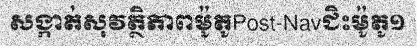
សង្កាត់សុវត្ថិភាពម៉ូតូPost-Navជិះម៉ូតូ១